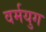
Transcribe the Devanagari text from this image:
वर्मयुग